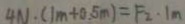
4 N \cdot ( 1 m + 0 . 5 m ) = F _ { 2 } \cdot 1 m